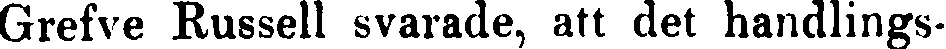
Grefve Russell svarade, att det handlings-